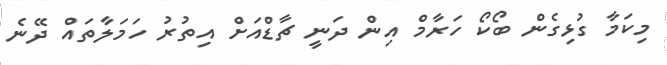
މިކަމާ ގުޅިގެން ބޯކޯ ހަރާމް އިން ދަނީ ޗާޑްއަށް އިތުރު ހަމަލާތައް ދޭނެ